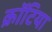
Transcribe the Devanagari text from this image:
क्रॉटिया